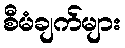
စီမံချက်များ